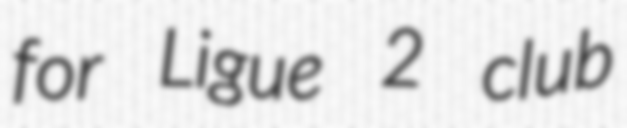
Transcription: for Ligue 2 club